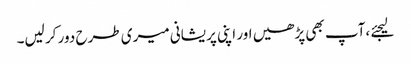
لیجئے ،آپ بھی پڑھیں اور اپنی پریشانی میری طرح دور کر لیں۔